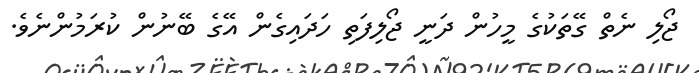
ޖޯލި ނެތް ގޭތަކުގެ މީހުން ދަނީ ޖޯލިފަތި ހަދައިގެން އޭގެ ބޭނުން ކުރަމުންނެވެ.